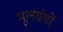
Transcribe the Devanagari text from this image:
मूलग्रंथों